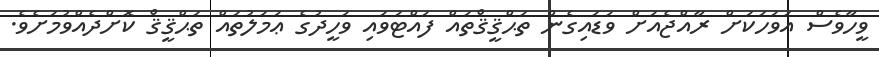
ވީހާވެސް އަވަހަކަށް ރާއްޖެއަށް ވަޑައިގެން ތަޙްޤީޤްތައް ފައްޓަވައި ވަހީދުގެ ޢަމަލުތައް ތަޙްޤީޤް ކޮށްދެއްވުމަށެވެ.